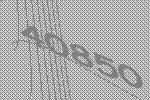
40850